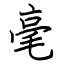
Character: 毫